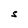
Character: S